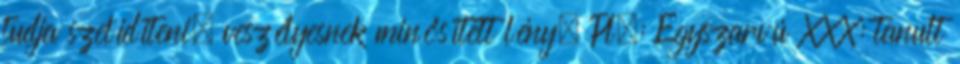
tudja szelídíteni, veszélyesnek minősített lény. Pl.: Egyszarvú XXX: tanult